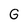
Character: G